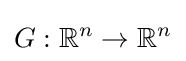
G:\mathbb {R} ^{n}\rightarrow \mathbb {R} ^{n}